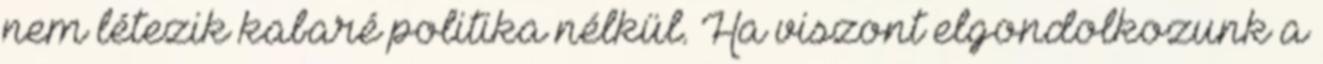
nem létezik kabaré politika nélkül. Ha viszont elgondolkozunk a